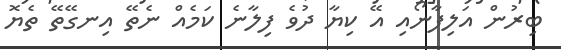
ބިރުން އަލިފާނޯއި އޭ ކިޔާ ދުވެ ފިލާނެ ކަމެއް ނެތޭ އިނގޭތޭ ތެޔޮ